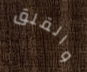
والقلق